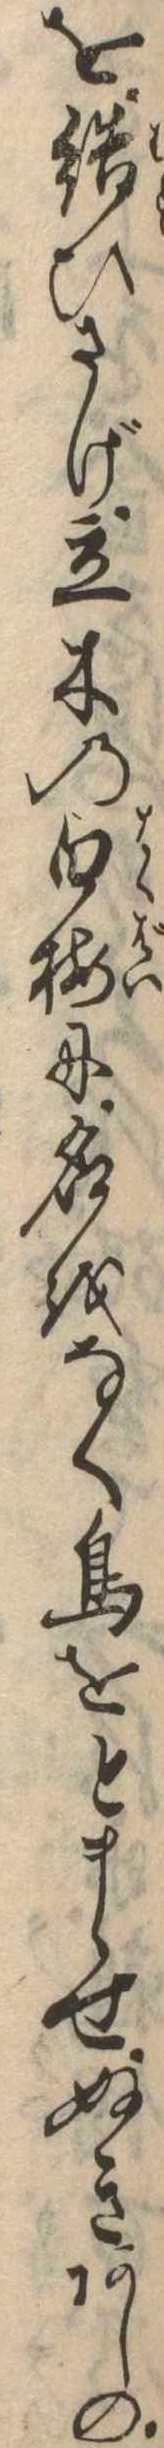
を結ひさげ立木の白梅に名をなく鳥をとまらせぬきあしの